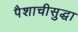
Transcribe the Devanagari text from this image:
पैशाचीसुद्धा